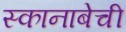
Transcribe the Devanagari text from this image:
स्कानाबेची